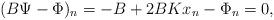
LaTeX: \begin{align*}(B \Psi - \Phi)_n = - B + 2 BK x_n - \Phi_n = 0,\end{align*}